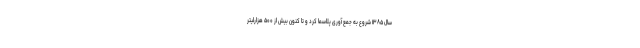
سال ۱۳۸۵ شروع به جمع آوری پلاسما کرد و تا کنون بیش از ۵۰۰ هزارلیتر